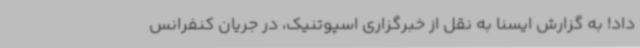
داد! به گزارش ایسنا به نقل از خبرگزاری اسپوتنیک، در جریان کنفرانس